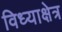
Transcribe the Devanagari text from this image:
विध्याक्षेत्र